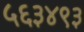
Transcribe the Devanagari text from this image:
५६३४९३